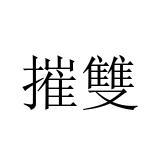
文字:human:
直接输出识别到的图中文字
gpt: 摧雙